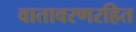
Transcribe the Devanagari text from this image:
वातावरणरहित